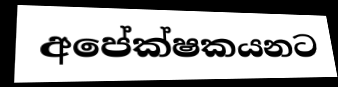
අපේක්ෂකයනට